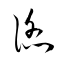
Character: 諂